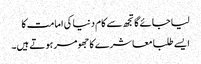
لیا جائے گا تجھ سے کام دنیا کی امامت کا
ایسے طلبا معاشرے کا جھومر ہوتے ہیں۔